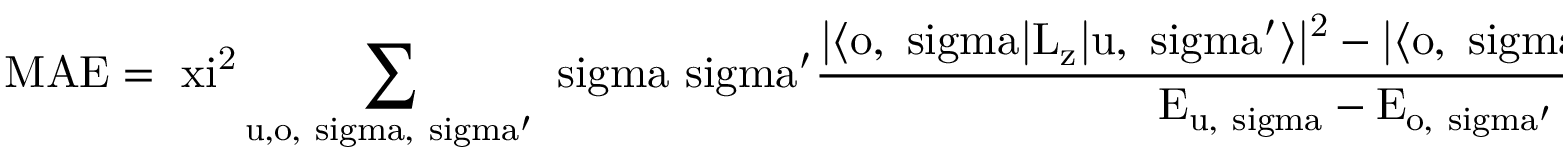
\mathrm { M A E = \ x i ^ { 2 } \sum _ { u , o , \ s i g m a , \ s i g m a ^ { \prime } } \ s i g m a \ s i g m a ^ { \prime } \frac { | \langle o , \ s i g m a | L _ { z } | u , \ s i g m a ^ { \prime } \rangle | ^ { 2 } - | \langle o , \ s i g m a | L _ { x } | u , \ s i g m a ^ { \prime } \rangle | ^ { 2 } } { E _ { u , \ s i g m a } - E _ { o , \ s i g m a ^ { \prime } } } , }